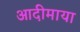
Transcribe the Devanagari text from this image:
आदीमाया